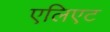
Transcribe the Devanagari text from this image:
एलिएट